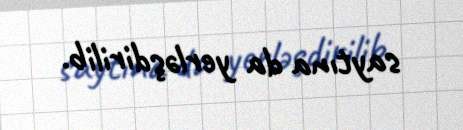
saytına da yerləşdirilib.